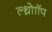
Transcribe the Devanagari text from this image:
ल्थ्रोाॉप